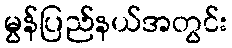
မွန်ပြည်နယ်အတွင်း